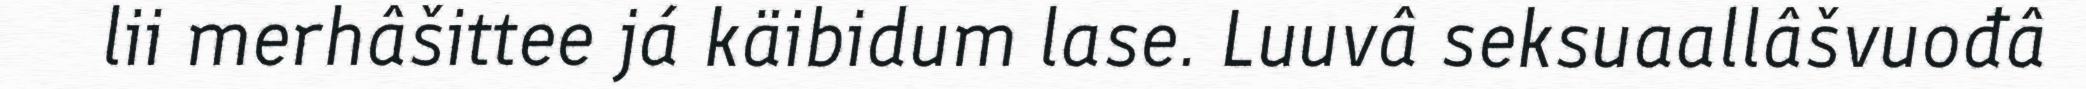
lii merhâšittee já käibidum lase. Luuvâ seksuaallâšvuođâ